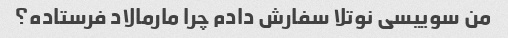
من سوییسی نوتلا سفارش دادم چرا مارمالاد فرستاده؟